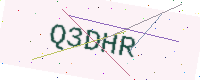
Text: Q3DHR